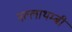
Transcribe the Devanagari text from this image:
नल्लाथम्बी